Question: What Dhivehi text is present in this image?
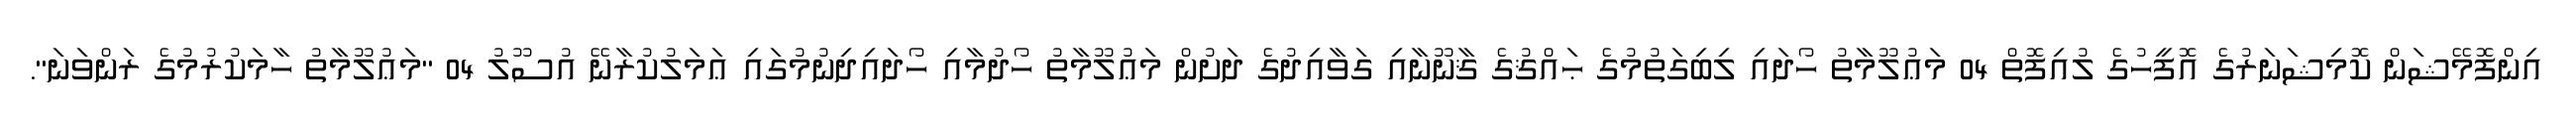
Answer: އިންފޮމޭޝަން ކޮމިޝަނަރުގެ އޮފީހުގެ ލުއިފޮތް 04 މަޢުލޫމާތު ހޯދައި ލިބިގަތުމުގެ ޙައްޤުގެ ޤާނޫނާއި ގަވާއިދުގެ ދަށުން މަޢުލޫމާތު ހޯދުމާއި ހޯދައިދިނުމުގައި ޢަމަލުކުރާނޭ އުސޫލު 04 "މަޢުލޫމާތު ހާމަކުރުމުގެ ރަންވަނަ".